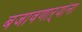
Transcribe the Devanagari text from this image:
बजावणाऱ्यांना